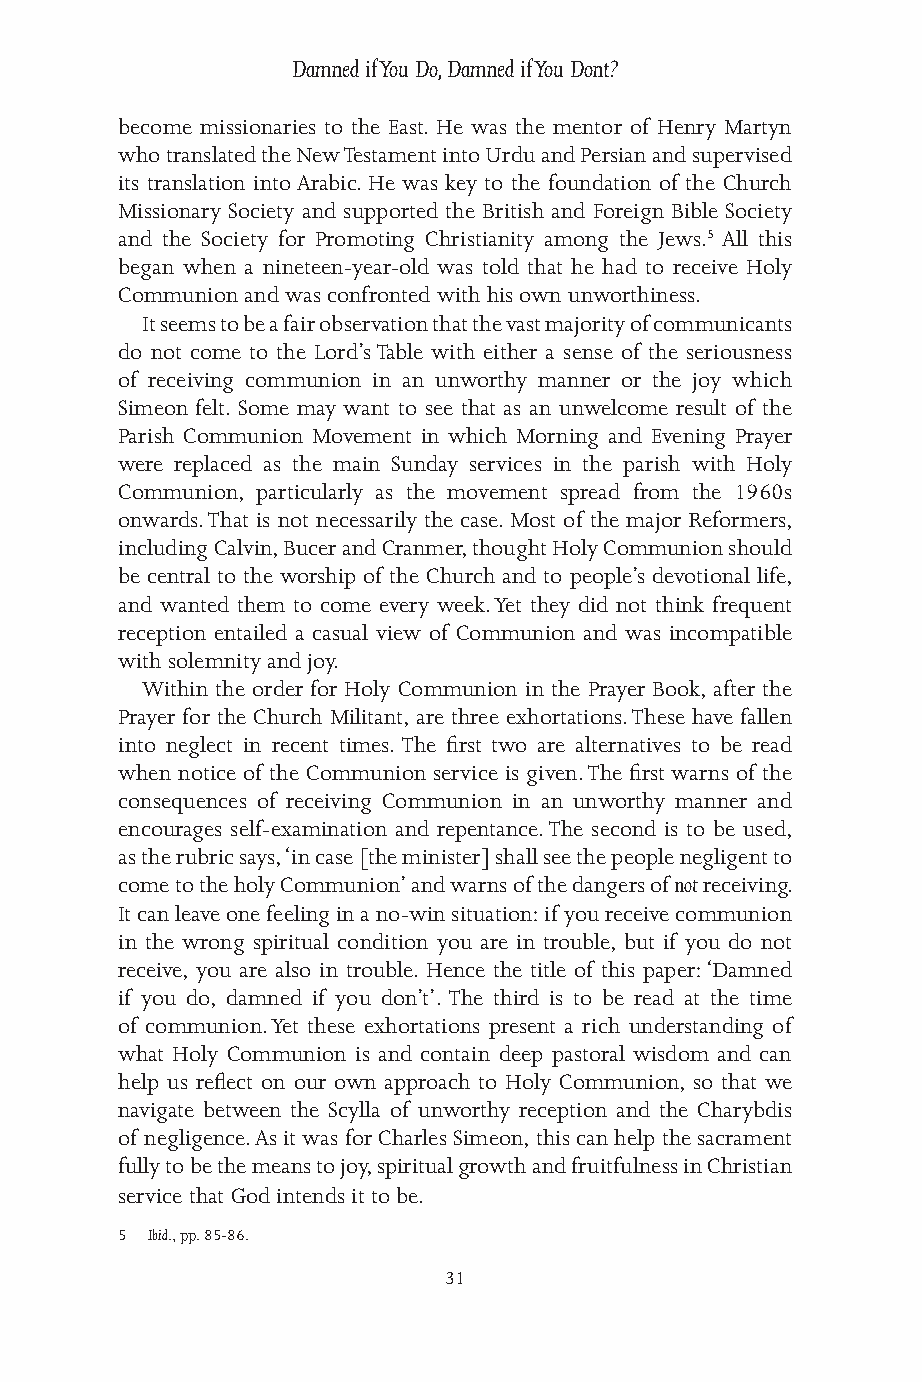
Damned if You Do, Damned if You Dont?
 become missionaries to the East. He was the mentor of Henry Martyn
 who translated the New Testament into Urdu and Persian and supervised
 its translation into Arabic. He was key to the foundation of the Church
 Missionary Society and supported the British and Foreign Bible Society
 and the Society for Promoting Christianity among the Jews.5 All this
 began when a nineteen-year-old was told that he had to receive Holy
 Communion and was confronted with his own unworthiness.
 It seems to be a fair observation that the vast majority of communicants
 do not come to the Lord’s Table with either a sense of the seriousness
 of receiving communion in an unworthy manner or the joy which
 Simeon felt. Some may want to see that as an unwelcome result of the
 Parish Communion Movement in which Morning and Evening Prayer
 were replaced as the main Sunday services in the parish with Holy
 Communion, particularly as the movement spread from the 1960s
 onwards. That is not necessarily the case. Most of the major Reformers,
 including Calvin, Bucer and Cranmer, thought Holy Communion should
 be central to the worship of the Church and to people’s devotional life,
 and wanted them to come every week. Yet they did not think frequent
 reception entailed a casual view of Communion and was incompatible
 with solemnity and joy.
 Within the order for Holy Communion in the Prayer Book, after the
 Prayer for the Church Militant, are three exhortations. These have fallen
 into neglect in recent times. The first two are alternatives to be read
 when notice of the Communion service is given. The first warns of the
 consequences of receiving Communion in an unworthy manner and
 encourages self-examination and repentance. The second is to be used,
 as the rubric says, ‘in case [the minister] shall see the people negligent to
 come to the holy Communion’ and warns of the dangers of not receiving.
 It can leave one feeling in a no-win situation: if you receive communion
 in the wrong spiritual condition you are in trouble, but if you do not
 receive, you are also in trouble. Hence the title of this paper: ‘Damned
 if you do, damned if you don’t’. The third is to be read at the time
 of communion. Yet these exhortations present a rich understanding of
 what Holy Communion is and contain deep pastoral wisdom and can
 help us reflect on our own approach to Holy Communion, so that we
 navigate between the Scylla of unworthy reception and the Charybdis
 of negligence. As it was for Charles Simeon, this can help the sacrament
 fully to be the means to joy, spiritual growth and fruitfulness in Christian
 service that God intends it to be.
 5 Ibid., pp. 85-86.
 31